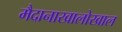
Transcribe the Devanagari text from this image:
मैदानाखालोखाल